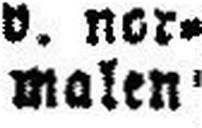
malen